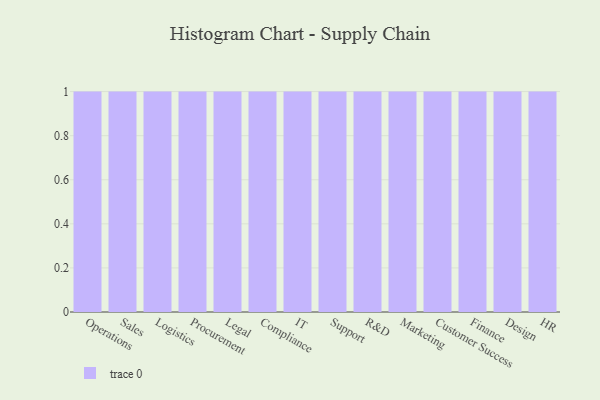
{"axis": {"x": "Department", "y": "LTV (USD)"}, "legend": [""], "data": [{"x": "Operations", "y": 80, "type": ""}, {"x": "Sales", "y": 57, "type": ""}, {"x": "Logistics", "y": 71, "type": ""}, {"x": "Procurement", "y": 57, "type": ""}, {"x": "Legal", "y": 90, "type": ""}, {"x": "Compliance", "y": 29, "type": ""}, {"x": "IT", "y": 28, "type": ""}, {"x": "Support", "y": 43, "type": ""}, {"x": "R&D", "y": 10, "type": ""}, {"x": "Marketing", "y": 62, "type": ""}, {"x": "Customer Success", "y": 96, "type": ""}, {"x": "Finance", "y": 20, "type": ""}, {"x": "Design", "y": 58, "type": ""}, {"x": "HR", "y": 54, "type": ""}]}